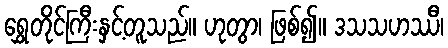
ရွှေတိုင်ကြီးနှင့်တူသည်။ ဟုတွာ၊ ဖြစ်၍။ ဒသသဟဿီ၊